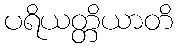
ပရိယတ္တိယာတိ